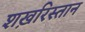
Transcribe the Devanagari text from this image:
शख़रिस्तान